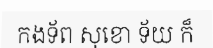
កងទ័ព សុខោ ទ័យ ក៏